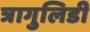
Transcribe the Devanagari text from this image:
त्रागुलिडी